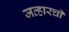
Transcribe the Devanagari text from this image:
जव्हारची